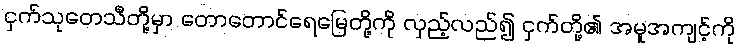
ငှက်သုတေသီတို့မှာ တောတောင်ရေမြေတို့ကို လှည့်လည်၍ ငှက်တို့၏ အမူအကျင့်ကို